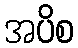
အပိစ